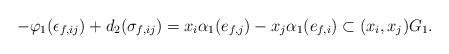
LaTeX: \begin{align*}-\varphi_1(\epsilon_{f,ij})+d_2(\sigma_{f,ij})=x_i\alpha_1(e_{f,j}) - x_j\alpha_1(e_{f,i})\subset (x_i,x_j)G_1.\end{align*}